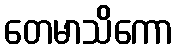
တေမာသိကော